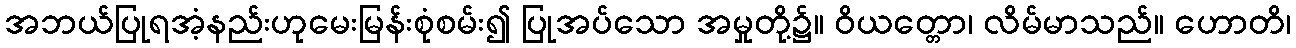
အဘယ်ပြုရအံ့နည်းဟုမေးမြန်းစုံစမ်း၍ ပြုအပ်သော အမှုတို့၌။ ဝိယတ္တော၊ လိမ်မာသည်။ ဟောတိ၊